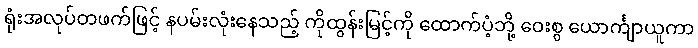
ရုံးအလုပ်တဖက်ဖြင့် နပမ်းလုံးနေသည့် ကိုထွန်းမြင့်ကို ထောက်ပံ့ဘို့ ဝေးစွ ယောင်္ကျာယူကာ